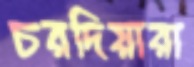
চরদিয়ারা